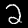
Label: 2